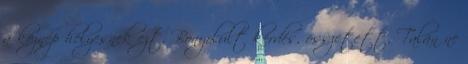
a köznép helyesnek ezt. Bonyolult kérdés, összetett. Talán ne